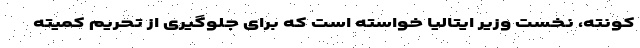
کونته، نخست وزیر ایتالیا خواسته است که برای جلوگیری از تحریم کمیته